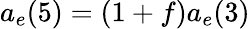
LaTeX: a_{e}(5)=(1+f)a_{e}(3)